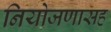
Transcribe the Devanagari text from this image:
नियोजणासह